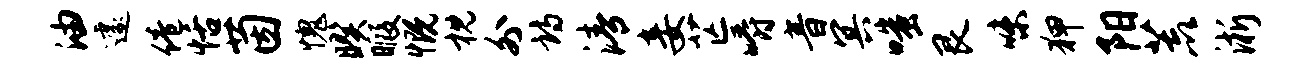
油遽倦恬茵愧暌暇慨枕外诗清妾芒嚼音冥嗤艮味狎阳荒淅